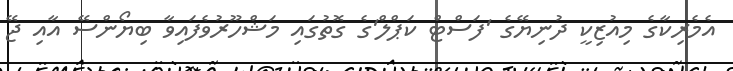
އެމެރިކާގެ މިއުޒިކީ ދުނިޔޭގެ 'ފަސްޓް ކަޕްލް'ގެ ގޮތުގައި މަޝްހޫރުވެފައިވާ ބިޔޯންސޭ އާއި ޖޭ